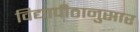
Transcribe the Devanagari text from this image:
विद्यापीठानुसार